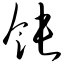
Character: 饨